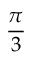
\frac { \pi } { 3 }